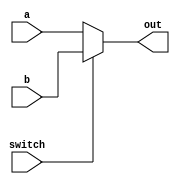
module MUX32(a, b, switch, out);
    input wire [31:0] a, b;
    input wire switch;
    output reg [31:0] out;
    
    always @ (*)
    begin
        if (switch)
            out <= b;
        else
            out <= a;
    end
endmodule